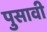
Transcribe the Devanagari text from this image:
पुसावी